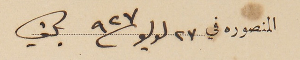
المنصوره في ٢٧ لوليو ٩٢٧ بكفيا